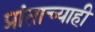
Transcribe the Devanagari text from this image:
प्रांताच्याही